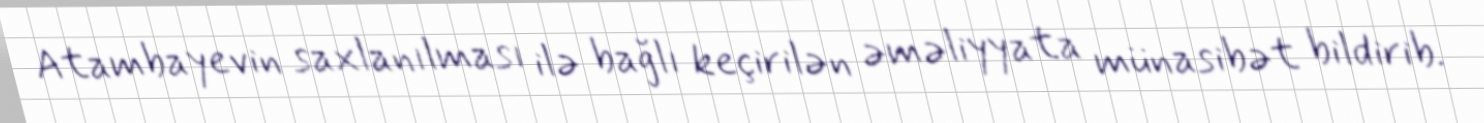
Atambayevin saxlanılması ilə bağlı keçirilən əməliyyata münasibət bildirib.